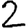
Digit: 2